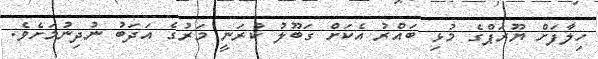
ހިލާފަށް ޔޫރަޕްގެ މުޅި ބައްރު އެކަށް ގަބޫލު ކުރަނީ މަރުގެ އަދަބު ނުދިނުމަށެވެ.